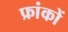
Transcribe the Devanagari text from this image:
फ्रांकों